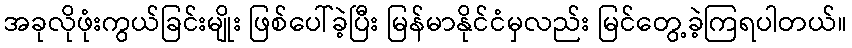
အခုလိုဖုံးကွယ်ခြင်းမျိုး ဖြစ်ပေါ်ခဲ့ပြီး မြန်မာနိုင်ငံမှလည်း မြင်တွေ့ခဲ့ကြရပါတယ်။